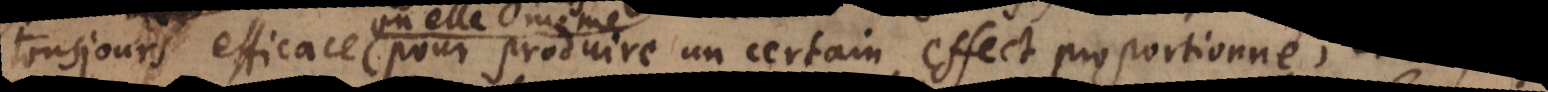
tousjours efficace pour produire un certain effect proportionné,